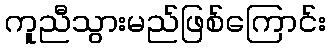
ကူညီသွားမည်ဖြစ်ကြောင်း